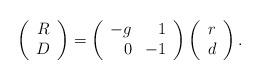
LaTeX: \begin{align*} \left( \begin{array}{c} R\\D\end{array} \right) = \left( \begin{array}{rr} -g & 1\\0 & -1\end{array} \right) \left( \begin{array}{c} r\\d\end{array} \right) .\end{align*}